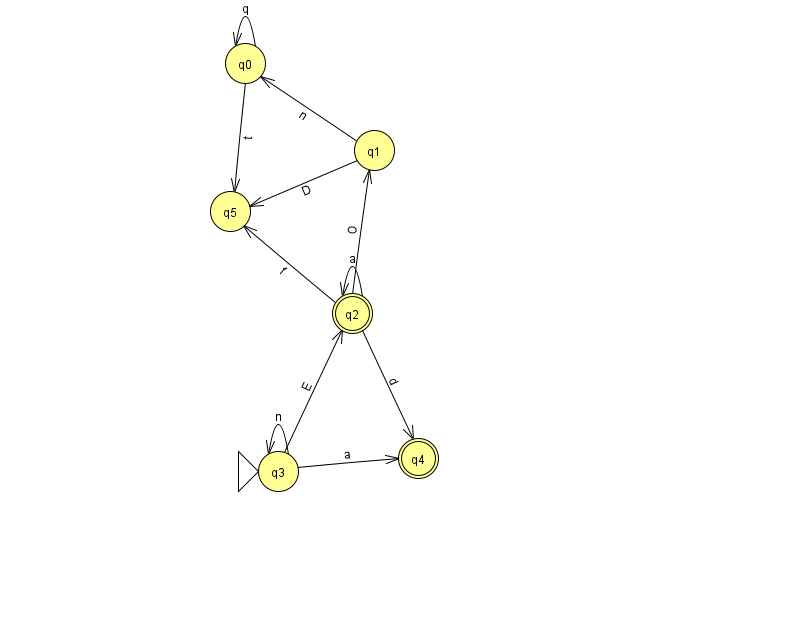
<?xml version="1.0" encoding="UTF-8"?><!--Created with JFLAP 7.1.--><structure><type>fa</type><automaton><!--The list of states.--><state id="0" name="q0"><x>245.0</x><y>50.0</y></state><state id="1" name="q1"><x>374.0</x><y>137.0</y></state><state id="2" name="q2"><x>352.0</x><y>300.0</y><final/></state><state id="3" name="q3"><x>278.0</x><y>458.0</y><initial/></state><state id="4" name="q4"><x>418.0</x><y>445.0</y><final/></state><state id="5" name="q5"><x>230.0</x><y>198.0</y></state><!--The list of transitions.--><transition><from>0</from><to>0</to><read>q</read></transition><transition><from>2</from><to>2</to><read>a</read></transition><transition><from>1</from><to>5</to><read>D</read></transition><transition><from>2</from><to>5</to><read>f</read></transition><transition><from>0</from><to>5</to><read>t</read></transition><transition><from>2</from><to>4</to><read>d</read></transition><transition><from>3</from><to>2</to><read>E</read></transition><transition><from>1</from><to>0</to><read>n</read></transition><transition><from>2</from><to>1</to><read>O</read></transition><transition><from>3</from><to>4</to><read>a</read></transition><transition><from>3</from><to>3</to><read>n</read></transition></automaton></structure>